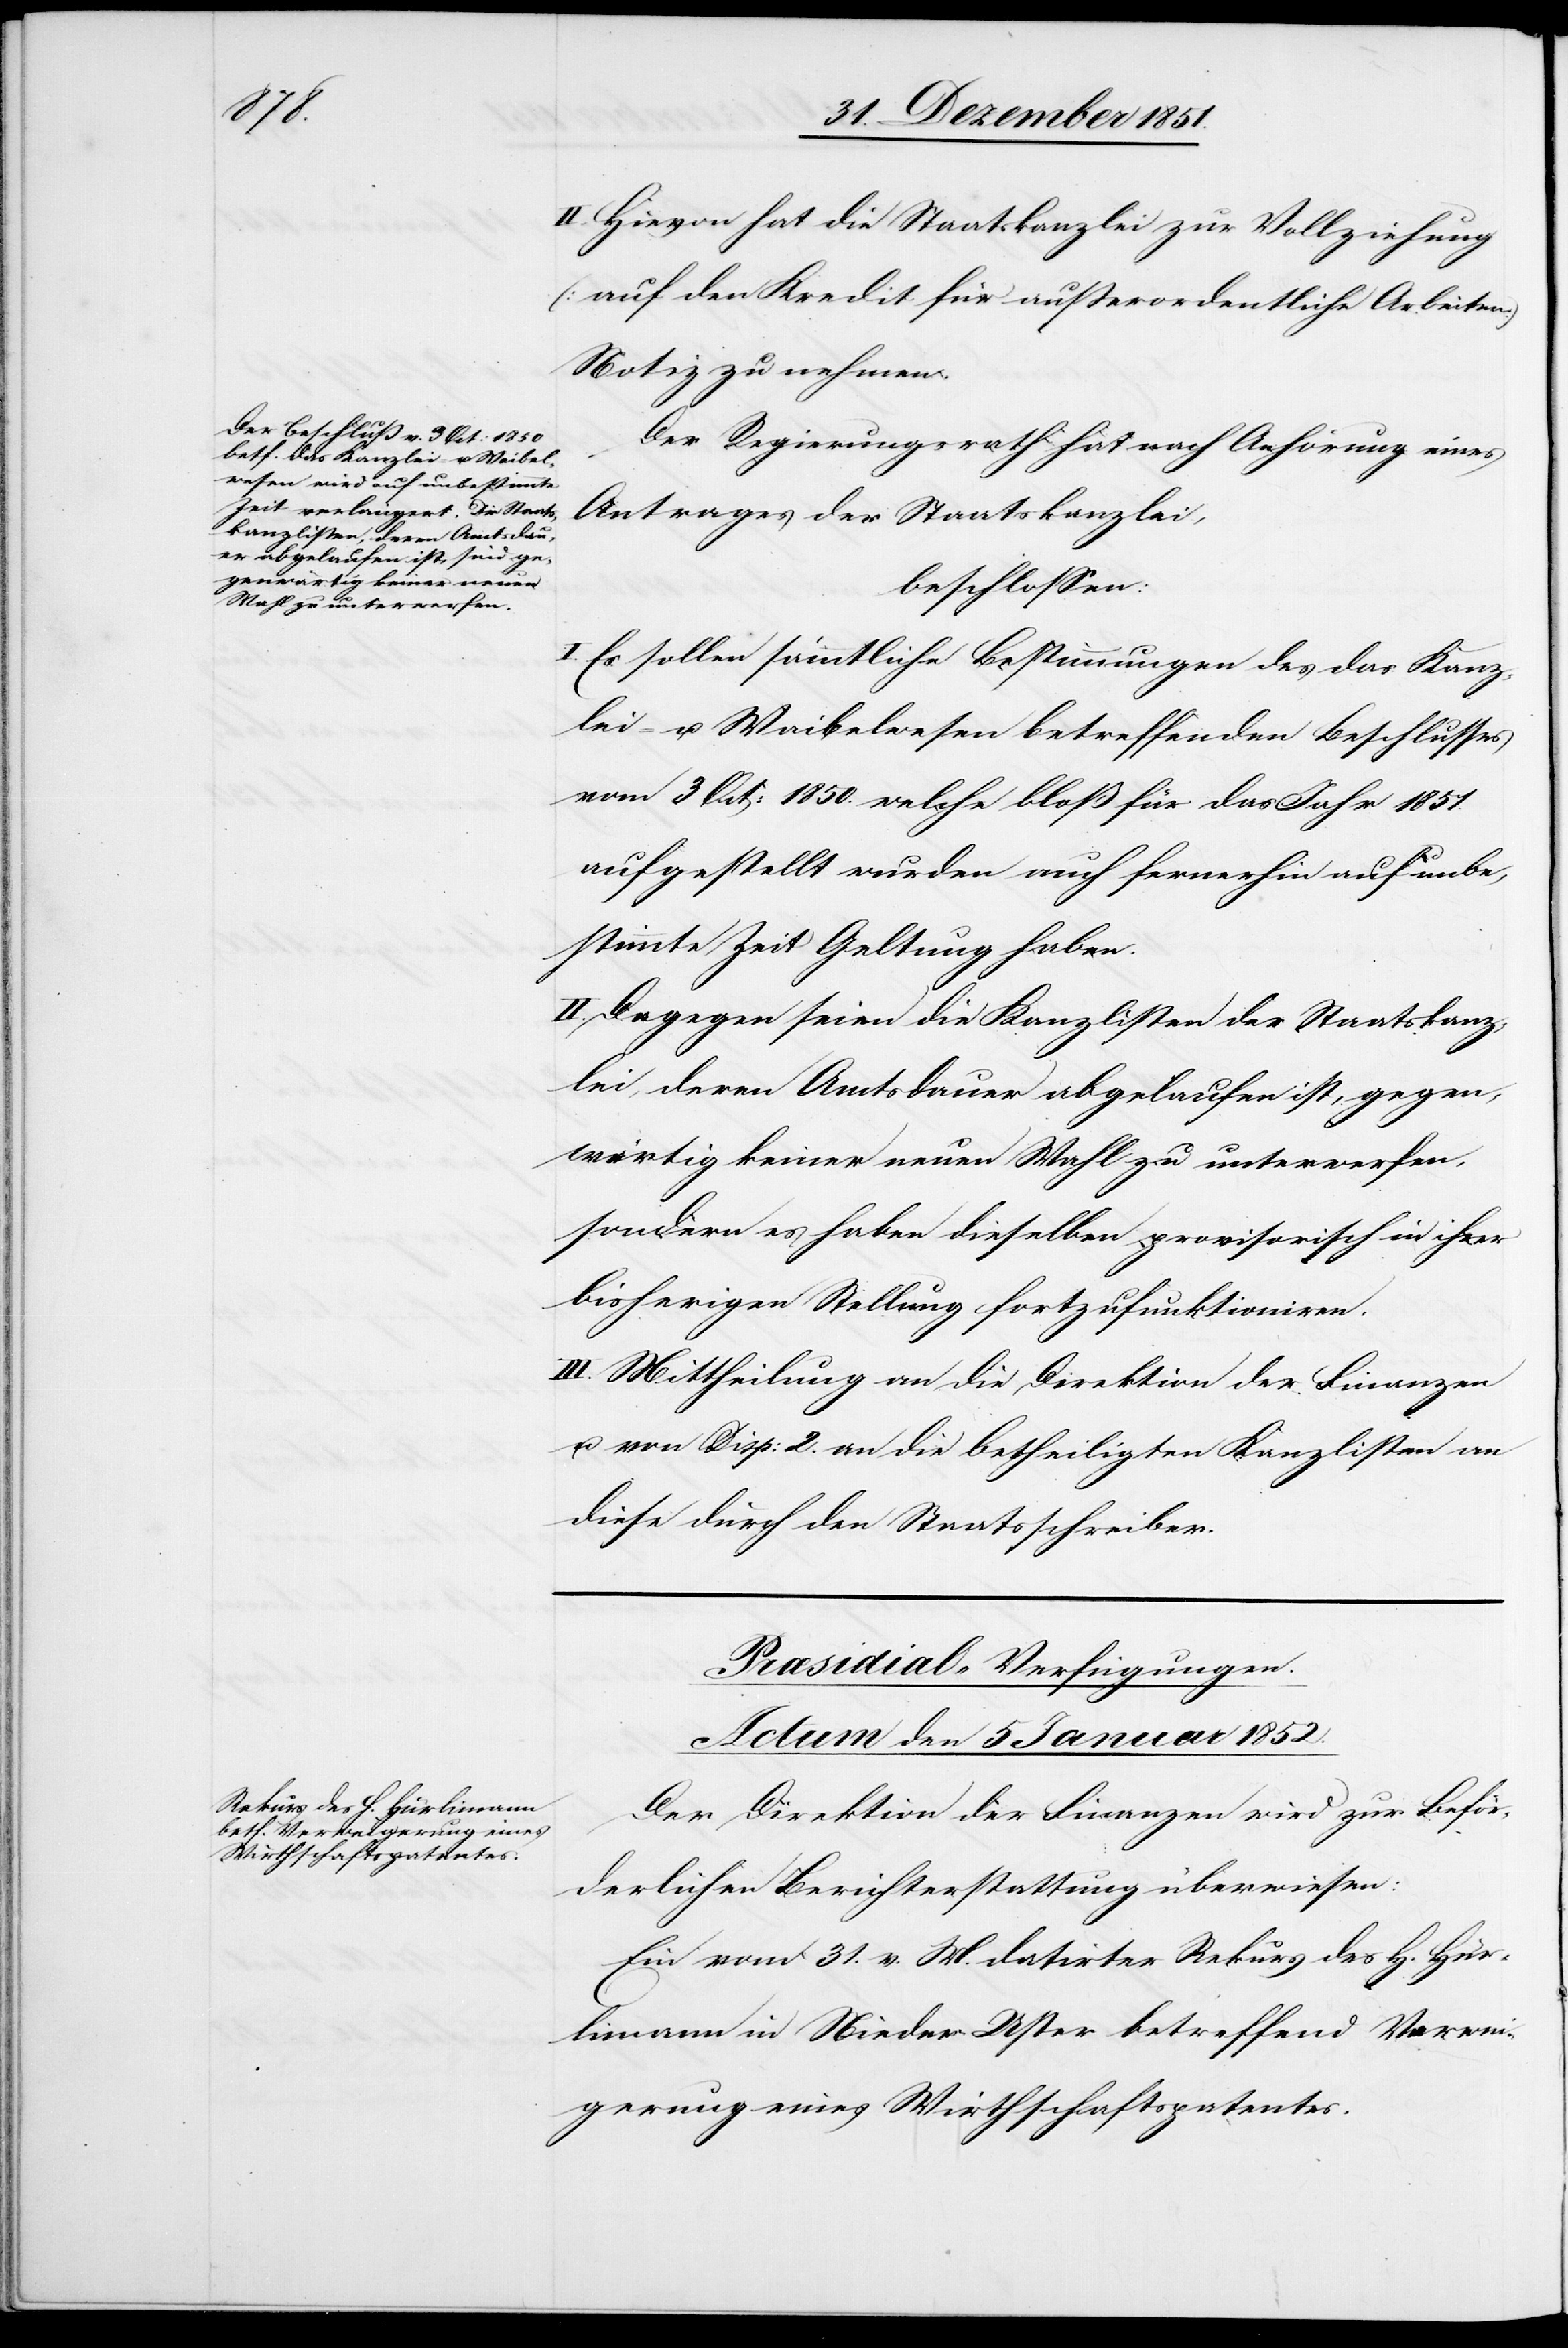
II. Hievon hat die Staatskanzlei zur Vollziehung
(auf den Kredit für außerordentliche Arbeiten)
Notiz zu nehmen.
Der Regierungsrath hat nach Anhörung eines
Antrages der Staatskanzlei,
beschlossen:
I. Es sollen sämmtliche Bestimmungen des das Kanz¬
lei- u. Waibelwesen betreffenden Beschlusses
vom 3 Oct: 1850. welche bloß für das Jahr 1851.
aufgestellt wurden auch fernerhin auf unbe¬
stimmte Zeit Geltung haben.
II. Dagegen seien die Kanzlisten der Staatskanz¬
lei, deren Amtsdauer abgelaufen ist, gegen¬
wärtig keiner neuen Wahl zu unterwerfen,
sondern es haben dieselben provisorisch in ihrer
bisherigen Stellung fortzufunktioniren.
III. Mittheilung an die Direktion der Finanzen
u. von Disp: 2. an die betheiligten Kanzlisten an
diese durch den Staatsschreiber.
Præsidial-Verfügungen.
Actum den 5 Januar 1852.
Der Direktion der Finanzen wird zur Beför¬
derlichen Berichterstattung überwiesen:
Ein vom 31. v. M. datirter Rekurs des H. Hür¬
limann in Nieder-Uster betreffend Verwei¬
gerung eines Wirthschaftspatentes.